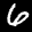
Label: 6